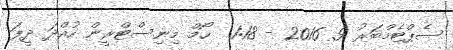
ސެޕްޓެމްބަރު 9